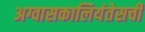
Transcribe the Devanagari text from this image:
अग्वासकालियंतेसची